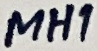
Text: MH1